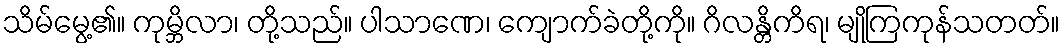
သိမ်မွေ့၏။ ကုမ္ဘိလာ၊ တို့သည်။ ပါသာဏေ၊ ကျောက်ခဲတို့ကို။ ဂိလန္တိကိရ၊ မျိုကြကုန်သတတ်။